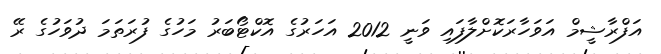
އަފްރާޝީމް އަވަހާރަކޮށްލާފައި ވަނީ 2012 އަހަރުގެ އޮކްޓޯބަރު މަހުގެ ފުރަތަމަ ދުވަހުގެ ރޭ